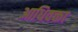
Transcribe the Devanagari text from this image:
आधिवक्ता